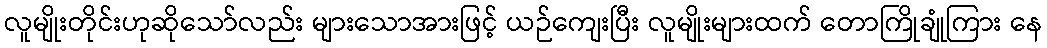
လူမျိုးတိုင်းဟုဆိုသော်လည်း များသောအားဖြင့် ယဉ်ကျေးပြီး လူမျိုးများထက် တောကြိုချုံကြား နေ